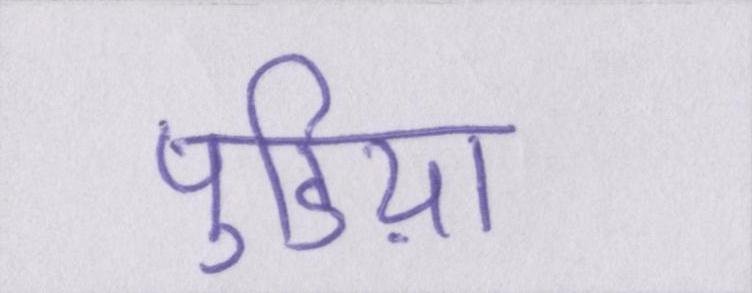
पुडिय़ा